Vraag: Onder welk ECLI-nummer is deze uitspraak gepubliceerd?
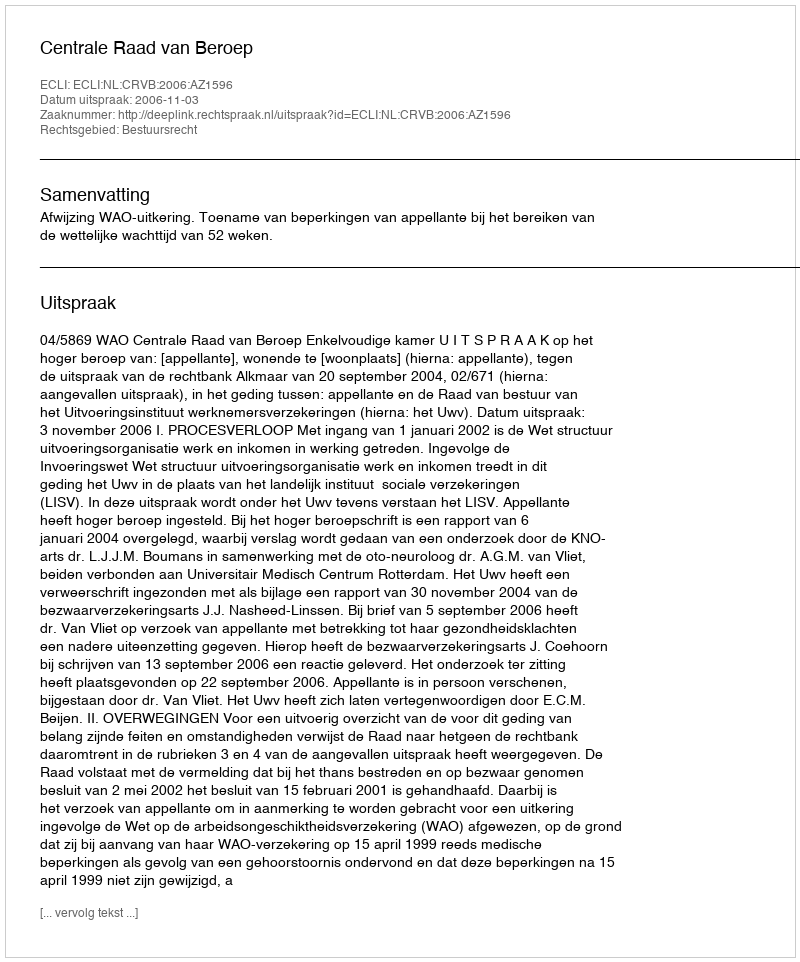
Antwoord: ECLI:NL:CRVB:2006:AZ1596